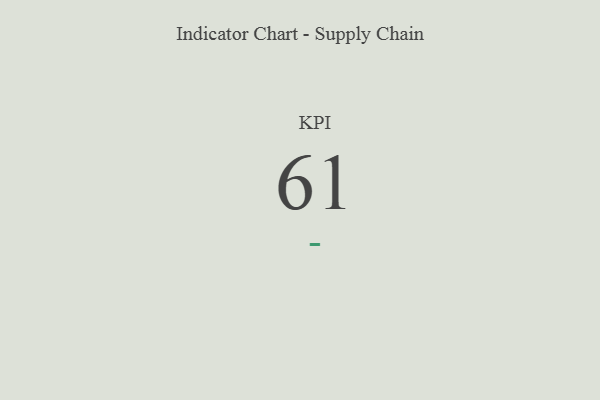
{"axis": {"x": "KPI", "y": "Value"}, "legend": [""], "data": [{"x": "KPI", "y": 61, "type": ""}]}